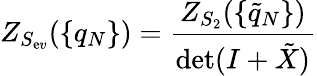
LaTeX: Z_{S_{\mathrm{e}v}}(\{ q_{N}\} )=\frac{{Z_{S_{2}}(\{ \tilde{{q}}_{N}\} )}}{{\operatorname*{d\mathrm{e}t}(I+\tilde{{X}})}}